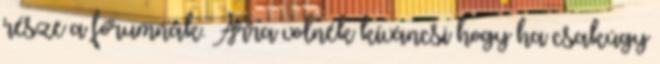
része a fórumnak. Arra volnék kíváncsi hogy ha csakúgy